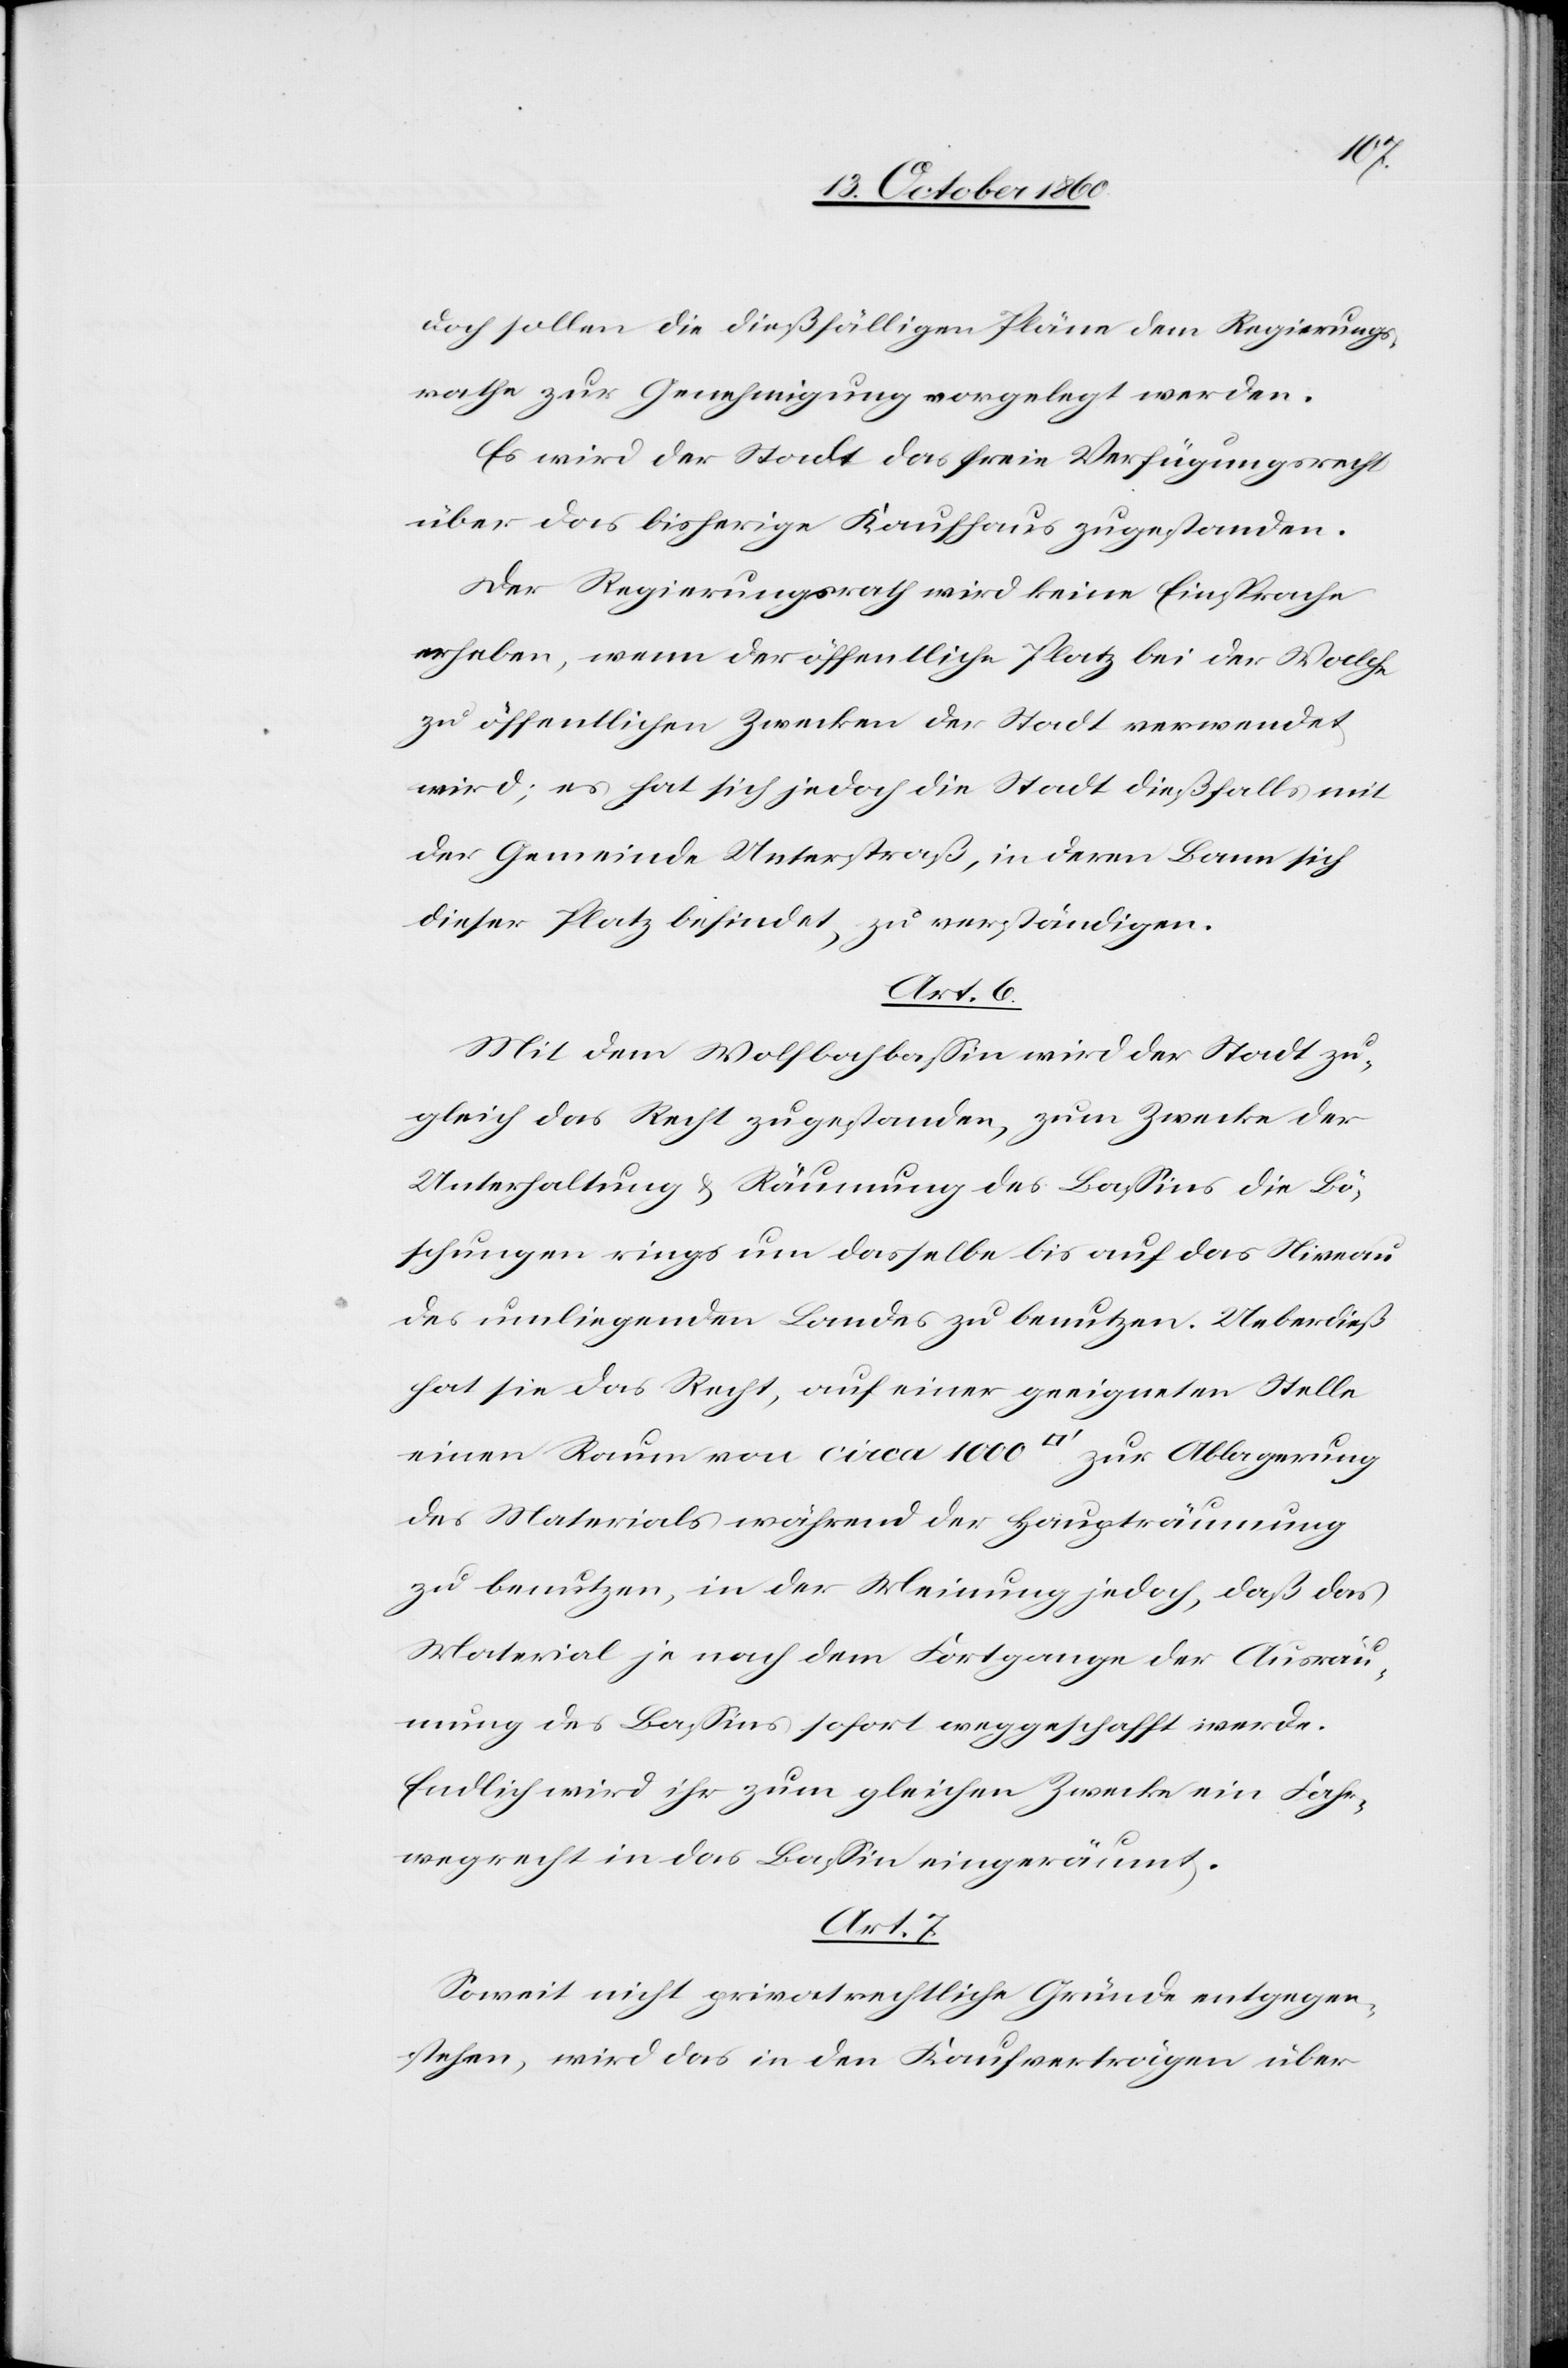
doch sollen die dießfälligen Pläne dem Regierungs¬
rathe zur Genehmigung vorgelegt werden.
Es wird der Stadt das freie Verfügungsrecht
über das bisherige Kaufhaus zugestanden.
Der Regierungsrath wird keine Einsprache
erheben, wenn der öffentliche Platz bei der Walche
zu öffentlichen Zwecken der Stadt verwendet
wird; es hat sich jedoch die Stadt dießfalls mit
der Gemeinde Unterstraß, in deren Bann sich
dieser Platz befindet, zu verständigen.
Art. 6
Mit dem Wolfbachbassin wird der Stadt zu¬
gleich das Recht zugestanden, zum Zwecke der
Unterhaltung u. Räumung des Bassins die Bö¬
schungen rings um dasselbe bis auf das Niveau
des umliegenden Landes zu benutzen. Ueberdieß
hat sie das Recht, auf einer geeigneten Stelle
einen Raum von circa 1000 [Quadratfuß] zur Ablagerung
des Materials während der Haupträumung
zu benutzen, in der Meinung jedoch, daß das
Material je nach dem Fortgange der Ausräu¬
mung des Bassins sofort weggeschafft werde.
Endlich wird ihr zum gleichen Zwecke ein Fahr¬
wegrecht in das Bassin eingeräumt.
Art. 7.
Soweit nicht privatrechtliche Gründe entgegen¬
stehen, wird das in den Kaufverträgen über